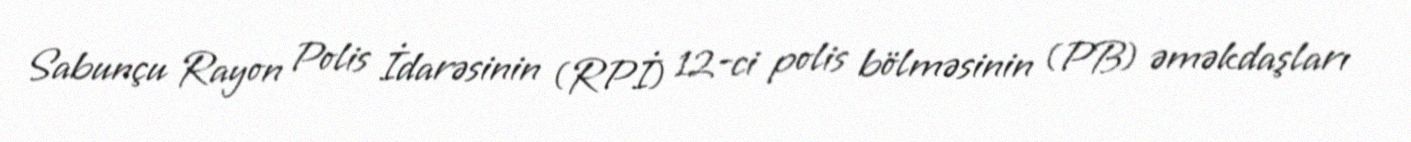
Sabunçu Rayon Polis İdarəsinin (RPİ) 12-ci polis bölməsinin (PB) əməkdaşları